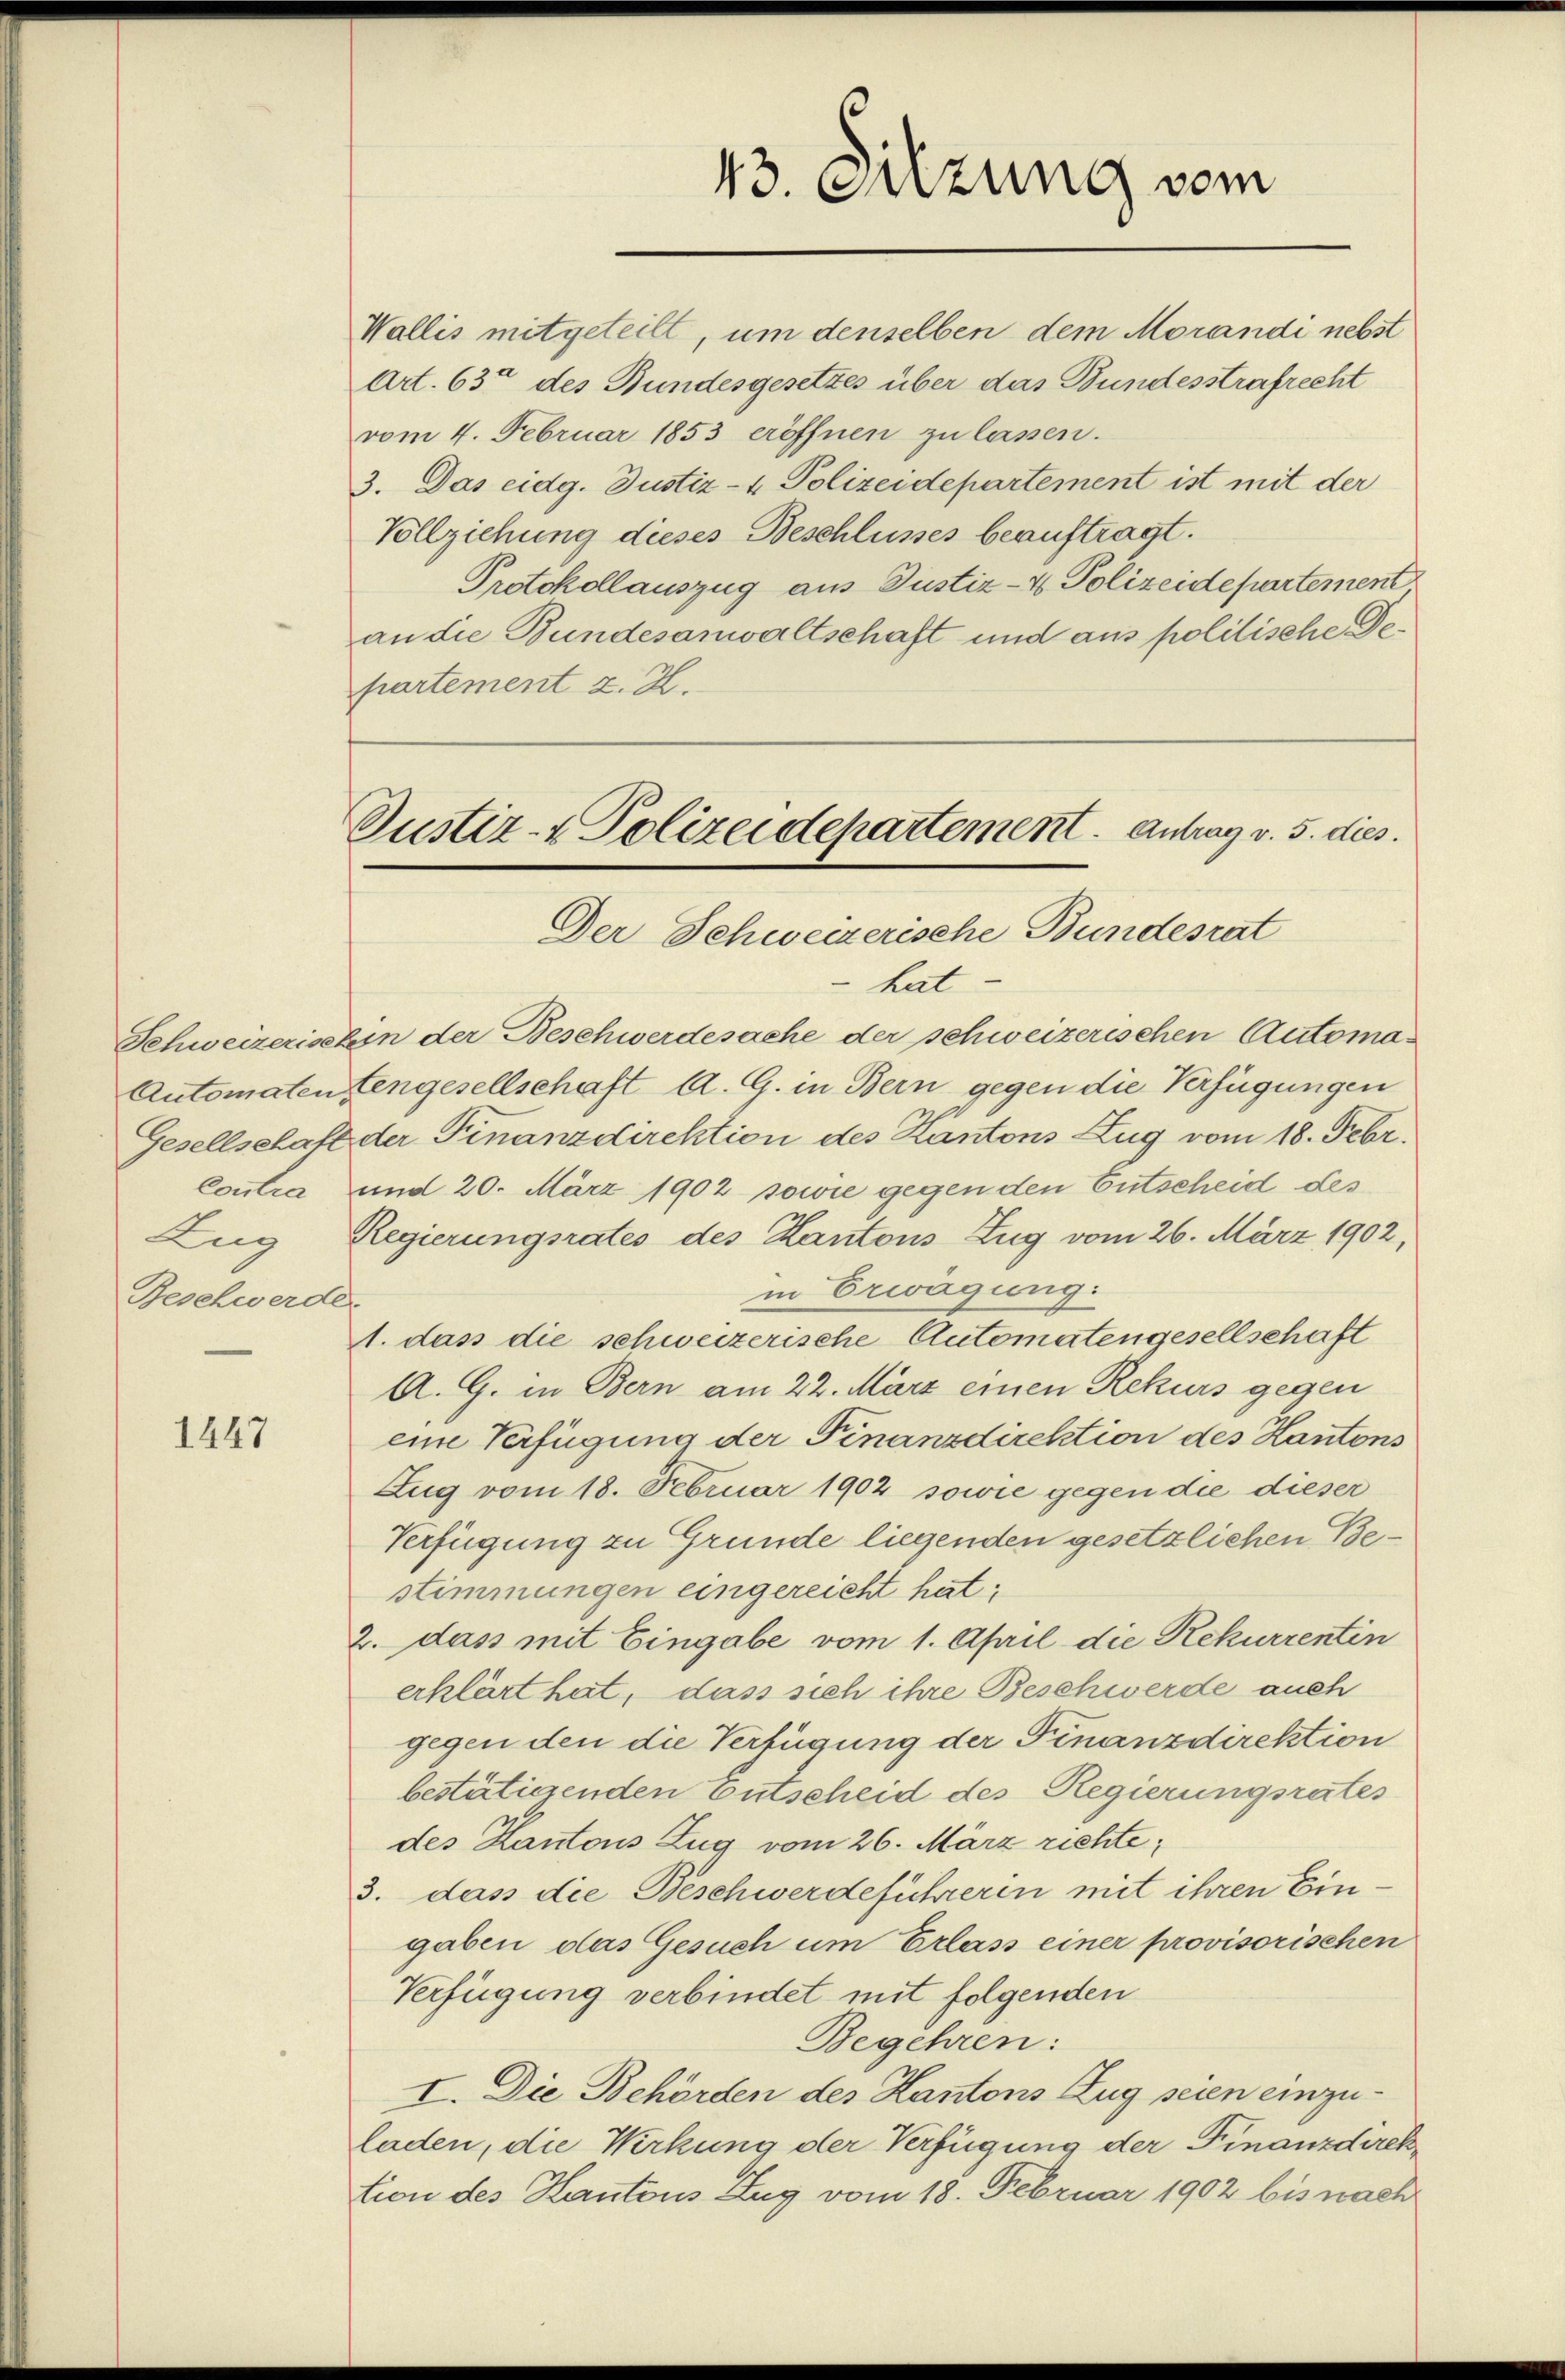
Beschwerde

1447

Wallis mitgeteilt, um denselben dem Morandi nebst

Justiz- & Polizeidepartement. Antrag v. 5. dies.
Der Schweizerische Bundesrat

43. Sizung vom

Art. 63 des Bundesgesetzes über das Bundesstrafrecht
vom 4. Februar 1853 eröffnen zu lassen.
3. Das eidg. Justiz- & Polizeidepartement ist mit der
Vollziehung dieses Beschlusses beauftragt.
Protokolauszug aus Justiz- & Polizeidepartement
an die Bundesanwaltschaft und aus politische Departement z. Z.

hat
Schweizerischin der Beschwerdesache der schweizerischen Automan
Automaten engesellschaft A. G. in Bern gegen die Verfügungen
Gesellschaft der Finanzdirektion des Kantons Zug vom 18. Febr.
Contra und 20. März 1902 sowie gegen den Entscheid des
Zug Regierungsrates des Kantons Zug vom 26. März 1902,
in Erwägung:
1. das die schweizerische Automatengesellschaft
A. G. in Bern am 22. März einen Rekurs gegen
eine Verfügung der Finanzdirektion des Kantons
Zug vom 18. Februar 1902 sowie gegen die dieser
Verfügung zu Grunde liegenden gesetzlichen Bestimmungen eingereicht hat;
2. dass mit Eingabe vom 1. April die Rekurrentin
erklärt hat, dass sich ihre Beschwerde auch
gegen den die Verfügung der Finanzdirektion
bestätigenden Entscheid des Regierungsrates
des Kantons Zug vom 26. März richte¬
3. dass die Beschwerdeführerin mit ihren Eingaben das Gesuch um Erlass einer provisorischen
Verfügung verbindet mit folgenden
Begehren:
I. Die Behörden des Kantons Zug seien einzuladen, die Wirkung der Verfügung der Finanzdirektion des Kantons Zug vom 18. Februar 1902 bis nach